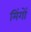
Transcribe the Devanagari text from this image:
मिंगों